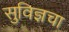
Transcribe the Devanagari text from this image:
सुविज्ञचा